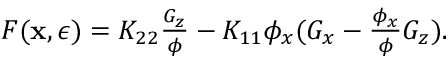
\begin{array} { r } { F ( \mathbf { x } , \epsilon ) = K _ { 2 2 } \frac { G _ { z } } { \phi } - K _ { 1 1 } \phi _ { x } ( G _ { x } - \frac { \phi _ { x } } { \phi } G _ { z } ) . } \end{array}